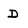
Character: D